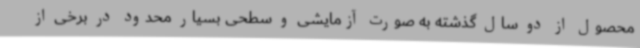
محصول از دو سال گذشته به صورت آزمایشی و سطحی بسیار محدود در برخی از